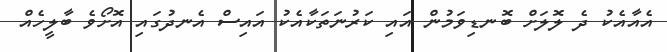
އެއާއެކު ދެ ލޮލަށް ބޮނޑިވަމުން އައި ކަރުނަތަކާއެކު އައިސް އެނދުގައި އޮށޯވެ ބާލީހެއް